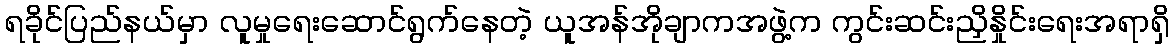
ရခိုင်ပြည်နယ်မှာ လူမှုရေးဆောင်ရွက်နေတဲ့ ယူအန်အိုချာကအဖွဲ့က ကွင်းဆင်းညှိနှိုင်းရေးအရာရှိ